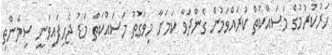
ހަރުކުރުމުގެ މަސައްކަތް ކުރައްވަމުން ގެންދަވާ ކަމަށާ މިވަގުތު މަސައްކަތް މަޑު ޖެހިފައިވަނީ ސިމެންތި